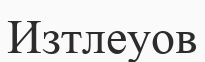
Изтлеуов